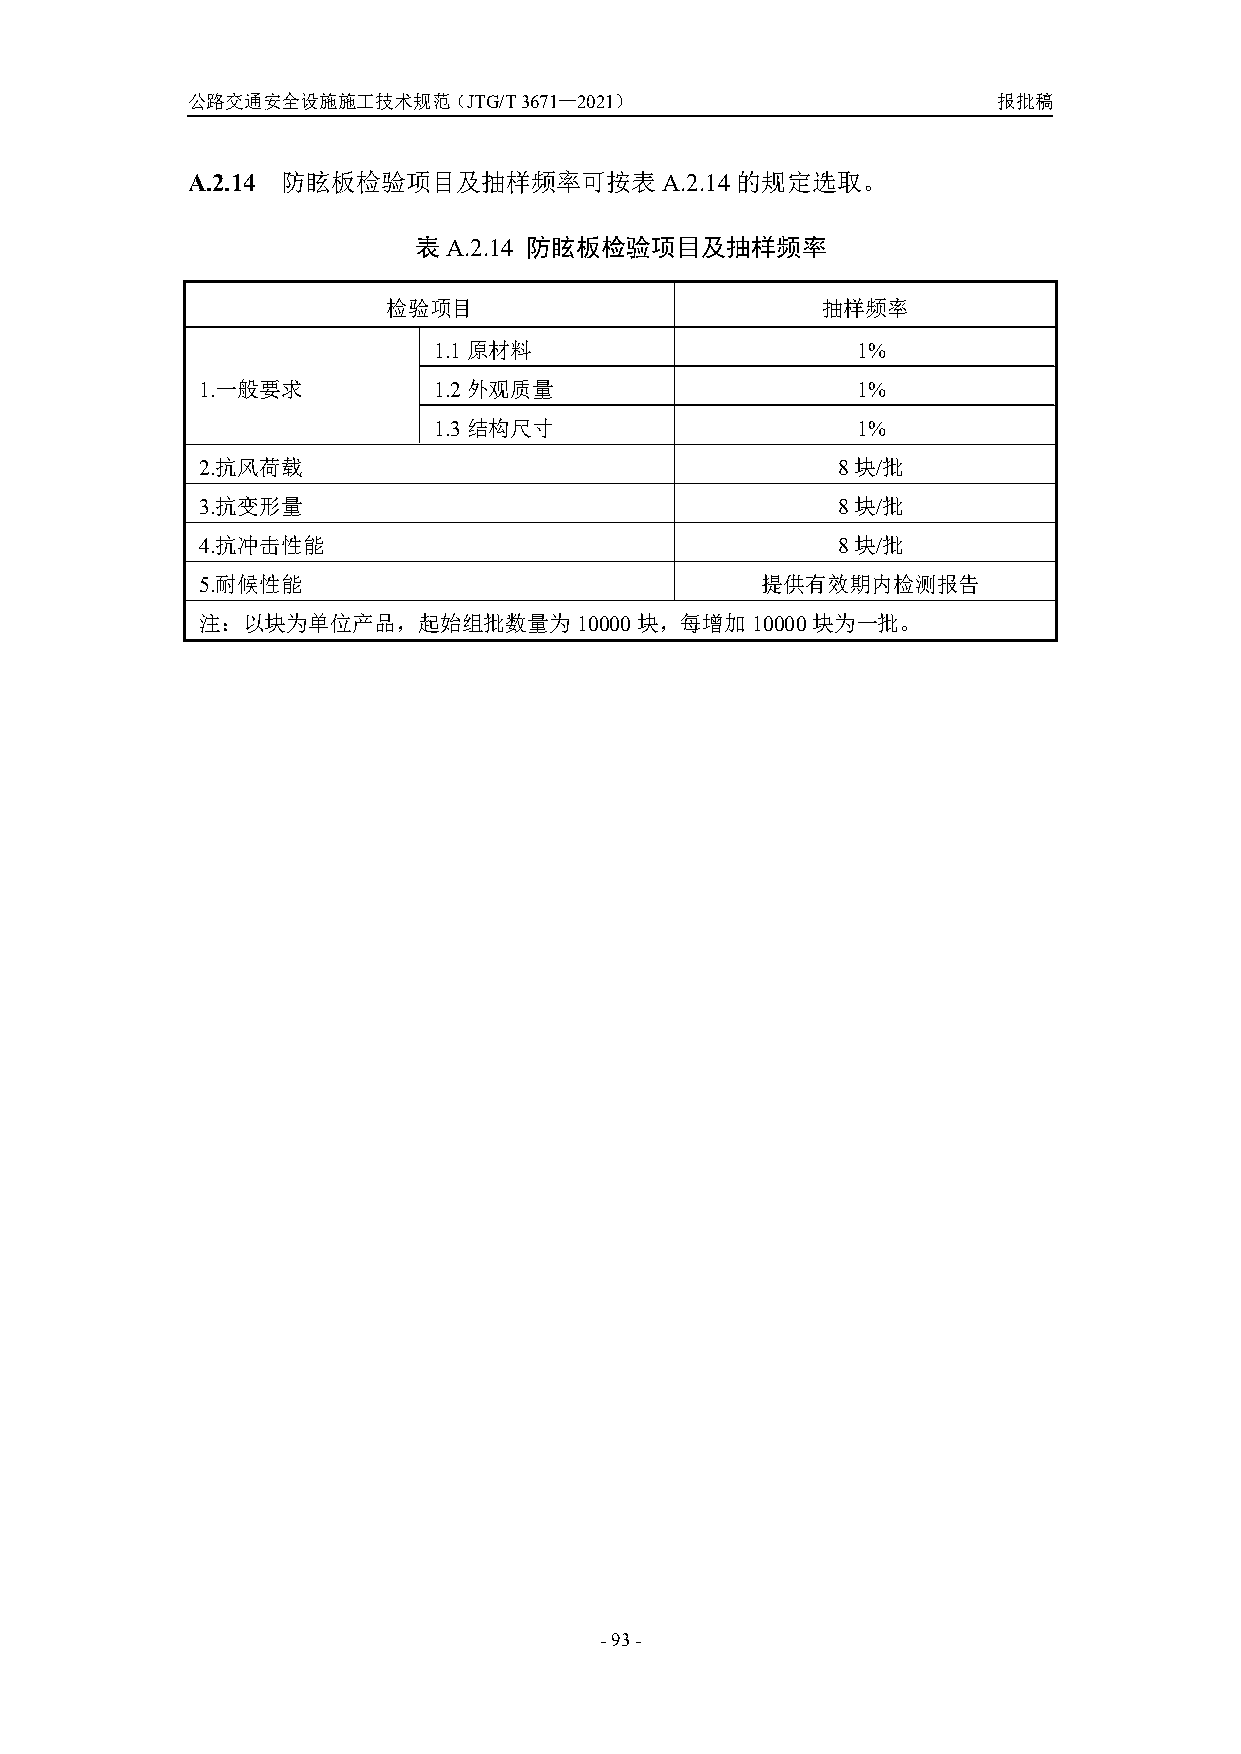
公路交通安全设施施工技术规范（JTG/T3671—2021）                        报批稿
 A.2.14 防眩板检验项目及抽样频率可按表A.2.14         的规定选取。
 表A.2.14 防眩板检验项目及抽样频率
 检验项目                        抽样频率
 1.1原材料                      1%
 1.一般要求          1.2外观质量                     1%
 1.3结构尺寸                     1%
 2.抗风荷载                                    8块/批
 3.抗变形量                                    8块/批
 4.抗冲击性能                                   8块/批
 5.耐候性能                               提供有效期内检测报告
 注：以块为单位产品，起始组批数量为10000块，每增加10000块为一批。
 -93-